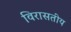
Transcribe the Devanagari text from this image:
विरासतीय